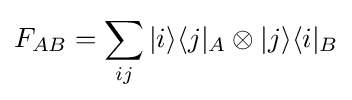
F_{AB}=\sum _{ij}|i\rangle \langle j|_{A}\otimes |j\rangle \langle i|_{B}